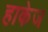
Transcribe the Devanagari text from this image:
हाकेज